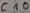
Text: C10